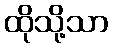
ထိုသို့သာ